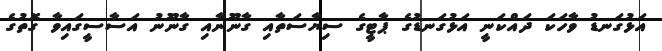
އަޅުގަނޑު ވާހަކަ ދައްކަނީ އަޅުގަނޑުގެ ޕާޓީގެ ސިޔާސަތާއި ގާނޫނާއި ގާނޫނު އަސާސީގައިވާ ގޮތުގެ